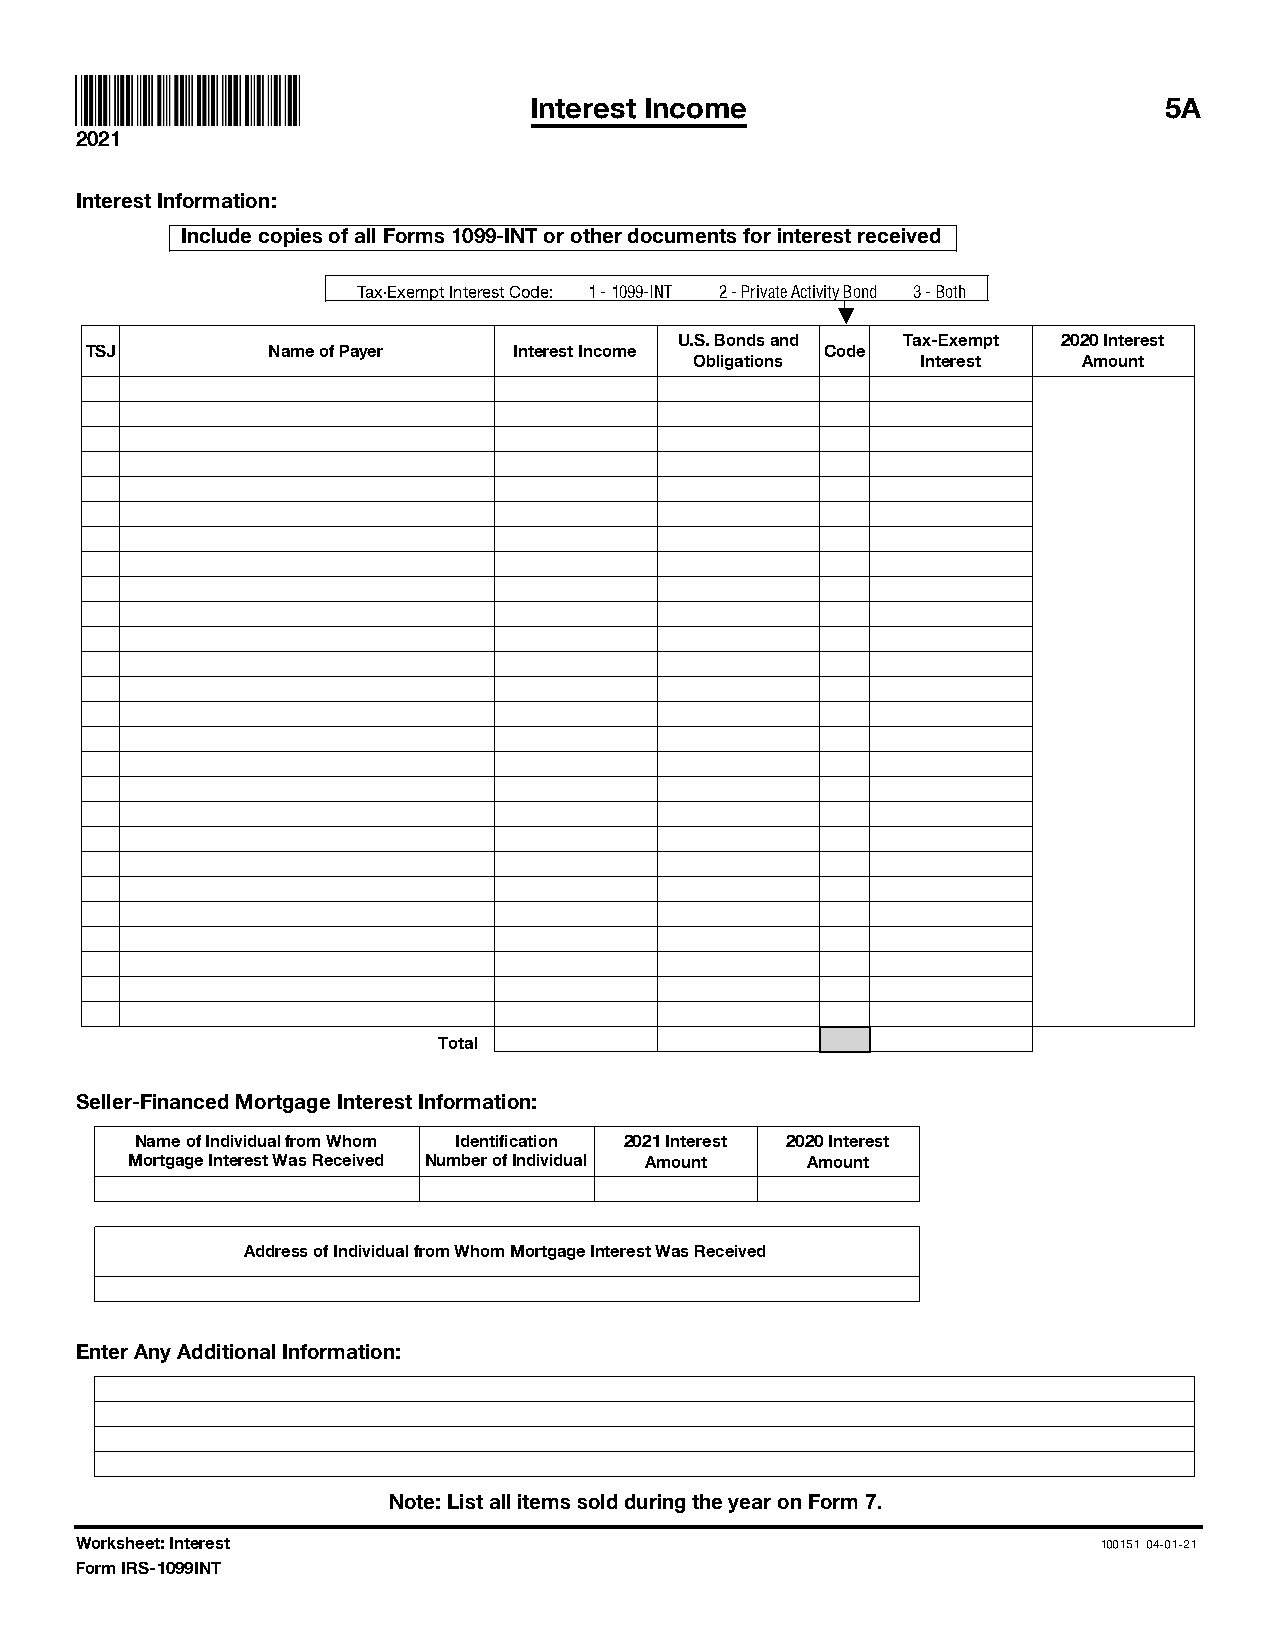
Interest Income                           5A
 2021
 Interest Information:
 Include copies of all Forms 1099-INT or other documents for interest received
 Tax-Exempt Interest Code: 1 - 1099-INT 2 - Private Activity Bond 3 - Both
 L
 U.S. Bonds and Tax-Exempt 2020 Interest
 TSJ         Name of Payer   Interest Income      Code
 Obligations    Interest   Amount
 Total
 Seller-Financed Mortgage Interest Information:
 Name of Individual from Whom Identification 2021 Interest 2020 Interest
 Mortgage Interest Was Received Number of Individual Amount Amount
 Address of Individual from Whom Mortgage Interest Was Received
 Enter Any Additional Information:
 Note: List all items sold during the year on Form 7.
 Worksheet: Interest                                                 100151 04-01-21
 Form IRS-1099INT